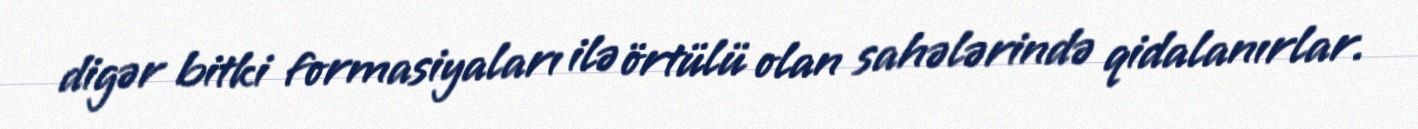
digər bitki formasiyaları ilə örtülü olan sahələrində qidalanırlar.